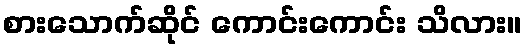
စားသောက်ဆိုင် ကောင်းကောင်း သိလား။